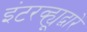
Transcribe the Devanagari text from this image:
इंटरव्ह्यूद्वारे